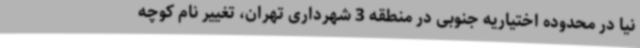
نیا در محدوده اختیاریه جنوبی در منطقه 3 شهرداری تهران، تغییر نام کوچه